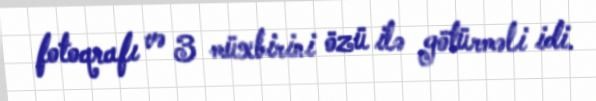
fotoqrafı və 3 müxbirini özü ilə götürməli idi.